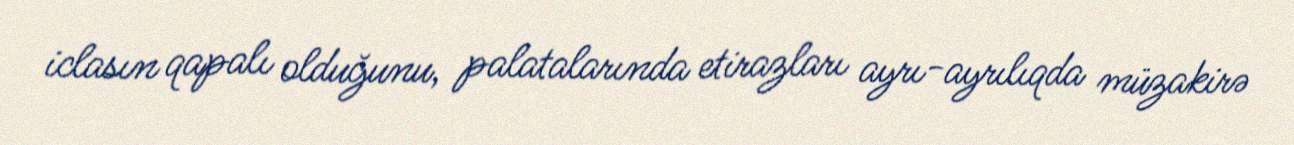
iclasın qapalı olduğunu, palatalarında etirazları ayrı-ayrılıqda müzakirə